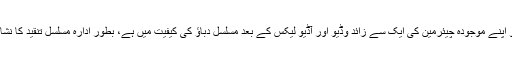
نیب جو اپنے موجودہ چیئرمین کی ایک سے زائد وڈیو اور آڈیو لیکس کے بعد مسلسل دباؤ کی کیفیت میں ہے، بطور ادارہ مسلسل تنقید کا نشانہ ہے۔